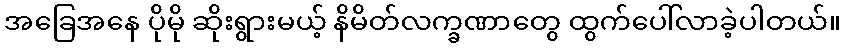
အခြေအနေ ပိုမို ဆိုးရွားမယ့် နိမိတ်လက္ခဏာတွေ ထွက်ပေါ်လာခဲ့ပါတယ်။